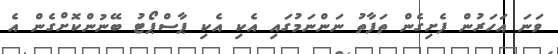
ވަނަ އަހަރުން ފެށިގެން ތަފާތު ނަންނަމުގައި އެކި އެކި ޕާސްޕޯޓު ބޭނުންކޮށްގެން އެ